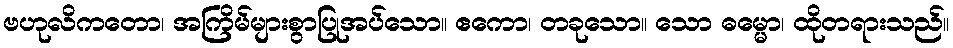
ဗဟုလိကတော၊ အကြိမ်များစွာပြုအပ်သော။ ဧကော၊ တခုသော။ သော ဓမ္မော၊ ထိုတရားသည်။